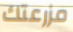
مزرعتك